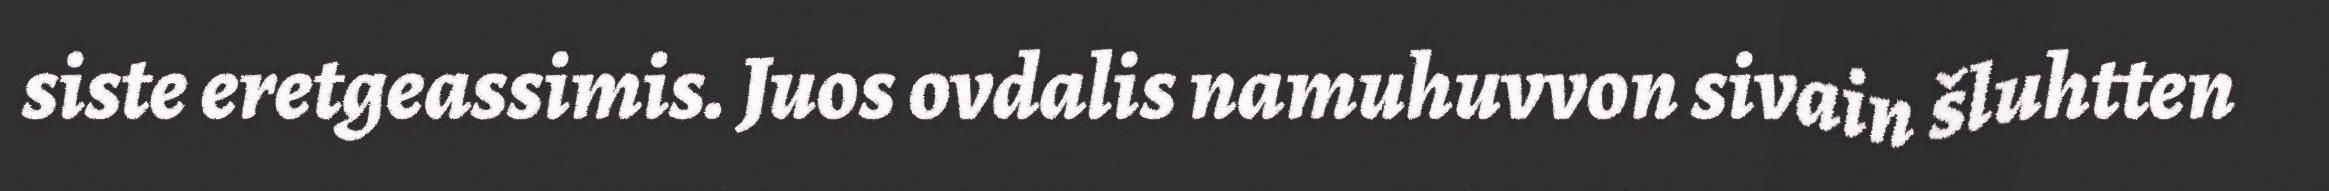
siste eretgeassimis. Juos ovdalis namuhuvvon sivain šluhtten